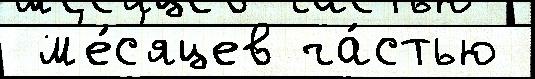
 м'е́с'яцев ча́стью